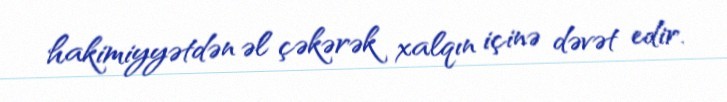
hakimiyyətdən əl çəkərək xalqın içinə dəvət edir.